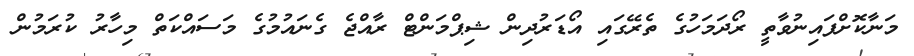
މަނާކޮށްފައިނުވާތީ ރޯދަމަހުގެ ތެރޭގައި އޯޑަރުދިން ޝިޕްމަންޓް ރާއްޖެ ގެނައުމުގެ މަސައްކަތް މިހާރު ކުރަމުން